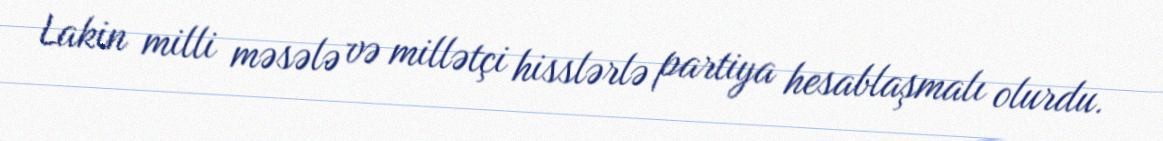
Lakin milli məsələ və millətçi hisslərlə partiya hesablaşmalı olurdu.